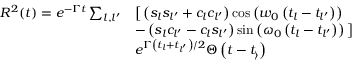
\begin{array} { r l } { R ^ { 2 } ( t ) = e ^ { - \Gamma t } \sum _ { l , l ^ { \prime } } } & { \big [ \left( s _ { l } s _ { l ^ { \prime } } + c _ { l } c _ { l ^ { \prime } } \right) \cos \left( w _ { 0 } \left( t _ { l } - t _ { l ^ { \prime } } \right) \right) } \\ & { - \left( s _ { l } c _ { l ^ { \prime } } - c _ { l } s _ { l ^ { \prime } } \right) \sin \left( \omega _ { 0 } \left( t _ { l } - t _ { l ^ { \prime } } \right) \right) \big ] } \\ & { e ^ { \Gamma \left( t _ { l } + t _ { l ^ { \prime } } \right) / 2 } \Theta \left( t - t _ { \rangle } \right) } \end{array}